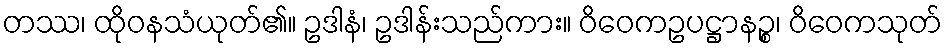
တဿ၊ ထိုဝနသံယုတ်၏။ ဥဒါနံ၊ ဥဒါန်းသည်ကား။ ဝိဝေကဥပဋ္ဌာနဉ္စ၊ ဝိဝေကသုတ်